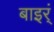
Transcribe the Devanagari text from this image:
बाइर्ं